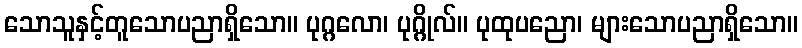
သောသူနှင့်တူသောပညာရှိသော။ ပုဂ္ဂလော၊ ပုဂ္ဂိုလ်။ ပုထုပညော၊ များသောပညာရှိသော။